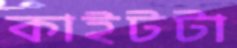
কাইটটা